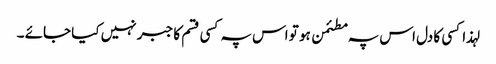
لہذا کسی کا دل اس پہ مطئمن ہو تو اس پہ کسی قسم کا جبر نہیں کیا جائے ۔